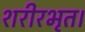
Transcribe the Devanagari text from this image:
शरीरभृत।